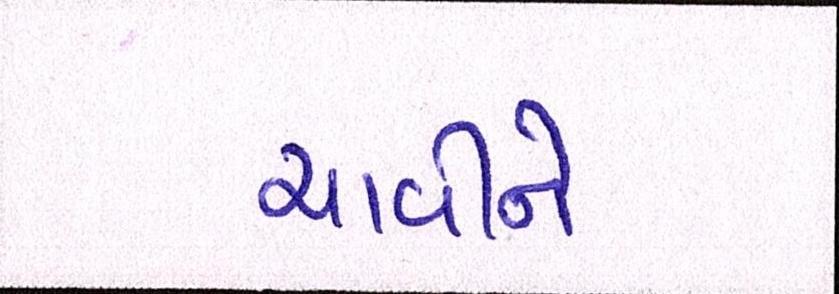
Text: ચાવીને